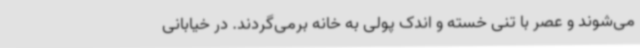
می‌شوند و عصر با تنی خسته و اندک پولی به خانه برمی‌گردند. در خیابانی